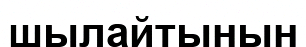
шылайтынын